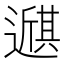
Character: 𫑇